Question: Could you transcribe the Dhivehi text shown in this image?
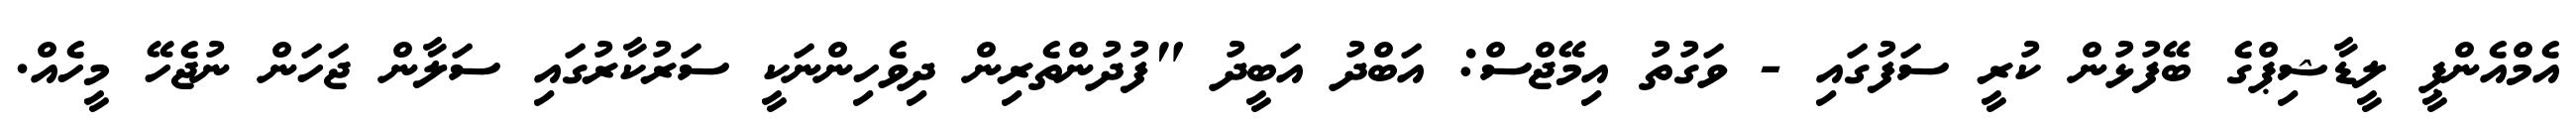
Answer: އެމްއެންޕީ ލީޑާޝިޕްގެ ބޭފުޅުން ކުރީ ސަފުގައި - ވަގުތު އިމޭޖްސް: އަބްދު އަބީދު "ފުދުންތެރިން ދިވެހިންނަކީ ސަރުކާރުގައި ސަލާން ޖަހަން ނުޖެހޭ މީހެއް.